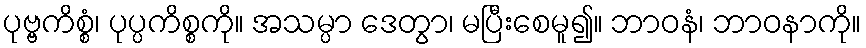
ပုဗ္ဗကိစ္စံ၊ ပုပ္ပကိစ္စကို။ အသမ္ပာ ဒေတွာ၊ မပြီးစေမူ၍။ ဘာဝနံ၊ ဘာဝနာကို။